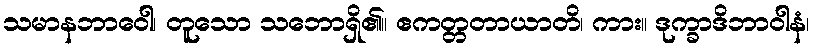
သမာနဘာဝေါ၊ တူသော သဘောရှိ၏။ ဧကတ္တတာယာတိ၊ ကား။ ဒုက္ခာဒိဘာဝါနံ၊